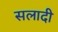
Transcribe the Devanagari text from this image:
सलादी